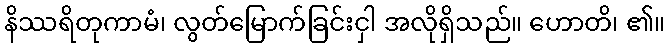
နိဿရိတုကာမံ၊ လွတ်မြောက်ခြင်းငှါ အလိုရှိသည်။ ဟောတိ၊ ၏။